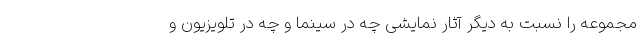
مجموعه را نسبت به دیگر آثار نمایشی چه در سینما و چه در تلویزیون و